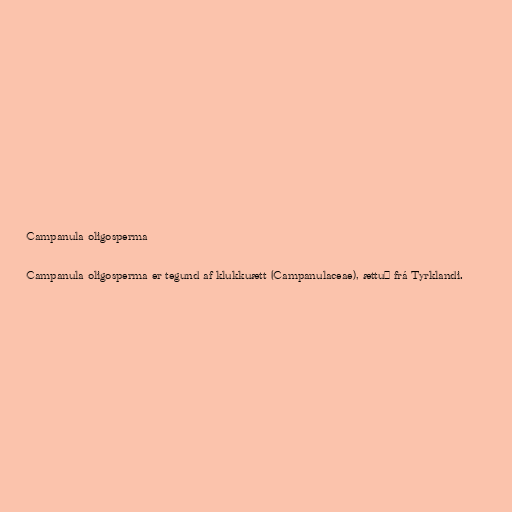
Campanula oligosperma

Campanula oligosperma er tegund af klukkuætt (Campanulaceae), ættuð frá Tyrklandi.